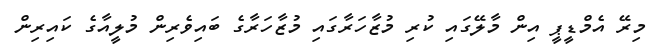
މިރޭ އެމްޑީޕީ އިން މާލޭގައި ކުރި މުޒާހަރާގައި މުޒާހަރާގެ ބައިވެރިން މުލީއާގެ ކައިރިން